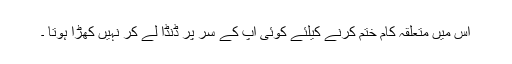
اس میں متعلقہ کام ختم کرنے کیلئے کوئی آپ کے سر پر ڈنڈا لے کر نہیں کھڑا ہوتا ۔